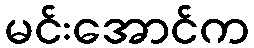
မင်းအောင်က